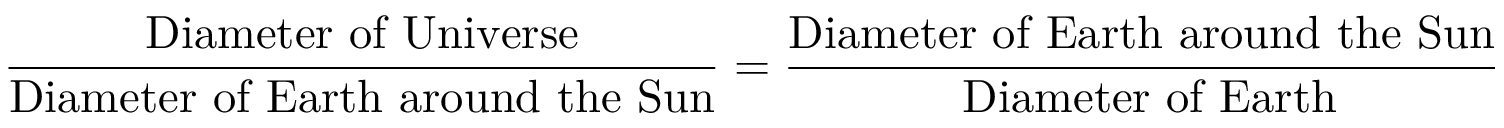
{ \frac { \mathrm { D i a m e t e r ~ o f ~ U n i v e r s e } } { \mathrm { D i a m e t e r ~ o f ~ E a r t h ~ a r o u n d ~ t h e ~ S u n } } } = { \frac { \mathrm { D i a m e t e r ~ o f ~ E a r t h ~ a r o u n d ~ t h e ~ S u n } } { \mathrm { ~ D i a m e t e r ~ o f ~ E a r t h } } }